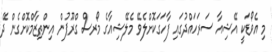
މި އެވޯޑަކީ އޭޝިއާ ސަރަހައްދުގައި ފާހަގަކޮށްލެވޭ މެލޭޝިއާގެ މޯރސް ގްރޫޕުން އިންތިޒާމްކޮށްގެން ދޭ